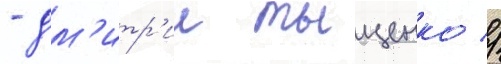
- дм'итр'ии тыщенко //